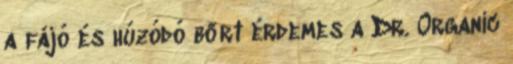
a fájó és húzódó bőrt érdemes a Dr. Organic